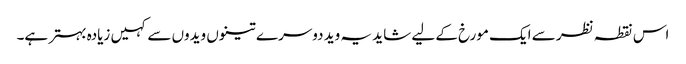
اس نقطہ نظر سے ایک مورخ کے لیے شاید یہ وید دوسرے تینوں ویدوں سے کہیں زیادہ بہتر ہے۔